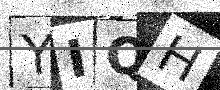
Text: YIQH